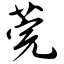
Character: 莞